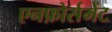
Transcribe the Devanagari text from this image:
एनफ़ोर्समेंट